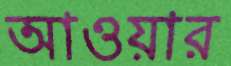
আওয়ার